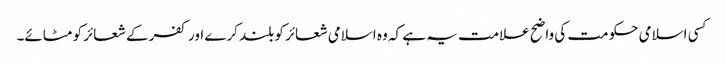
کسی اسلامی حکومت کی واضح علامت یہ ہے کہ وہ اسلامی شعائر کو بلند کرے اور کفر کے شعائر کو مٹائے۔